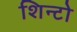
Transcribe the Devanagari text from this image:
शिन्टो